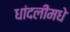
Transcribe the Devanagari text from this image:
धांदलींमधे